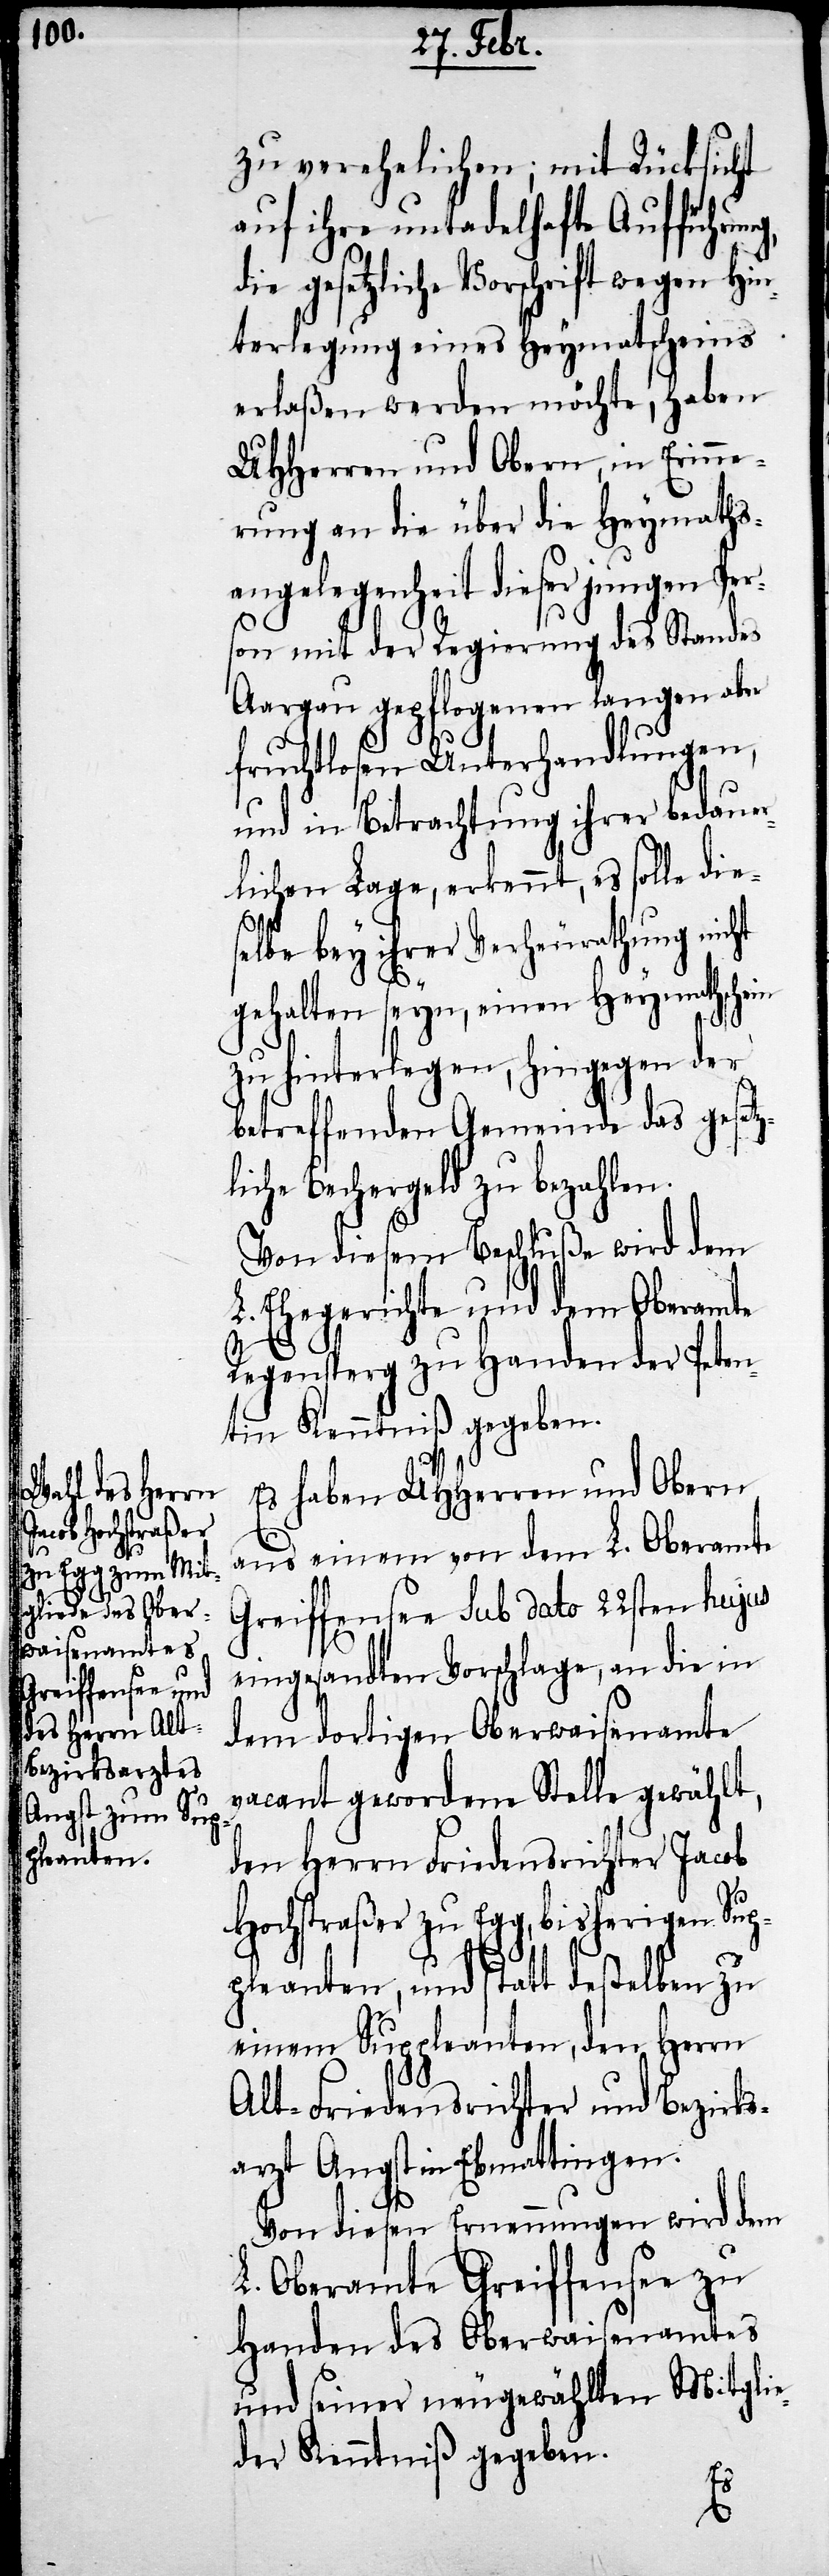
zu verehelichen; mit Rücksicht
auf ihre untadelhafte Aufführung,
gesetzliche Vorschrift wegen Hin¬
terlegung eines Heymathscheins
erlaßen werden möchte, haben
UHHerren und Obern, in Erinne¬
rung an die über die Heymaths¬
angelegenheit dieser jungen Per¬
son mit der Regierung des Standes
Aargau gepflogenen langen aber
fruchtlosen Unterhandlungen,
und in Betrachtung ihrer bedauer¬
lichen Lage, erkennt, es solle die¬
p¬
selbe bey ihrer Verheurathung nicht
gehalten seyn, einen Heymathschein
zu hinterlegen, hingegen der
betreffenden Gemeinde das gesetz¬
liche Bechergeld zu bezahlen.
Von diesem Beschluße wird dem
L. Ehegerichte und dem Oberamte
Regensperg zu Handen der Peten¬
tin Kenntniß gegeben
Es haben UHHerren und Obern
aus einem von dem L. Oberamte
Greiffensee sub dato 22sten hujus
eingesandten Vorschlage, an die in
dem dortigen Oberwaisenamte
vacant gewordene Stelle gewählt,
den Herrn Friedensrichter Jacob
Hochstraßer zu Egg, bisherigen Su¬
pleanten, und statt deßelben zu
einem Suppleanten, den Herrn
Alt-Friedensrichter und Bezirks¬
arzt Angst in Ebmattingen.
Von diesen Ernennungen wird dem
L. Oberamte Greiffensee zu
Handen des Oberwaisenamtes
und seiner neugewählten Mitglie¬
der Kenntniß gegeben.